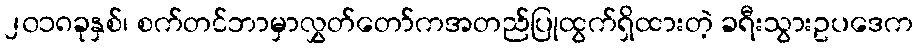
၂၀၁၈ခုနှစ်၊ စက်တင်ဘာမှာလွှတ်တော်ကအတည်ပြုထွက်ရှိထားတဲ့ ခရီးသွားဥပဒေက